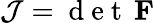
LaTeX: \mathcal{J}=\mathrm{{~d~e~t~}}\, \mathbf{{F}}